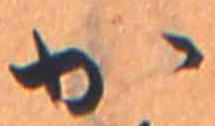
か